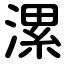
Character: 漯